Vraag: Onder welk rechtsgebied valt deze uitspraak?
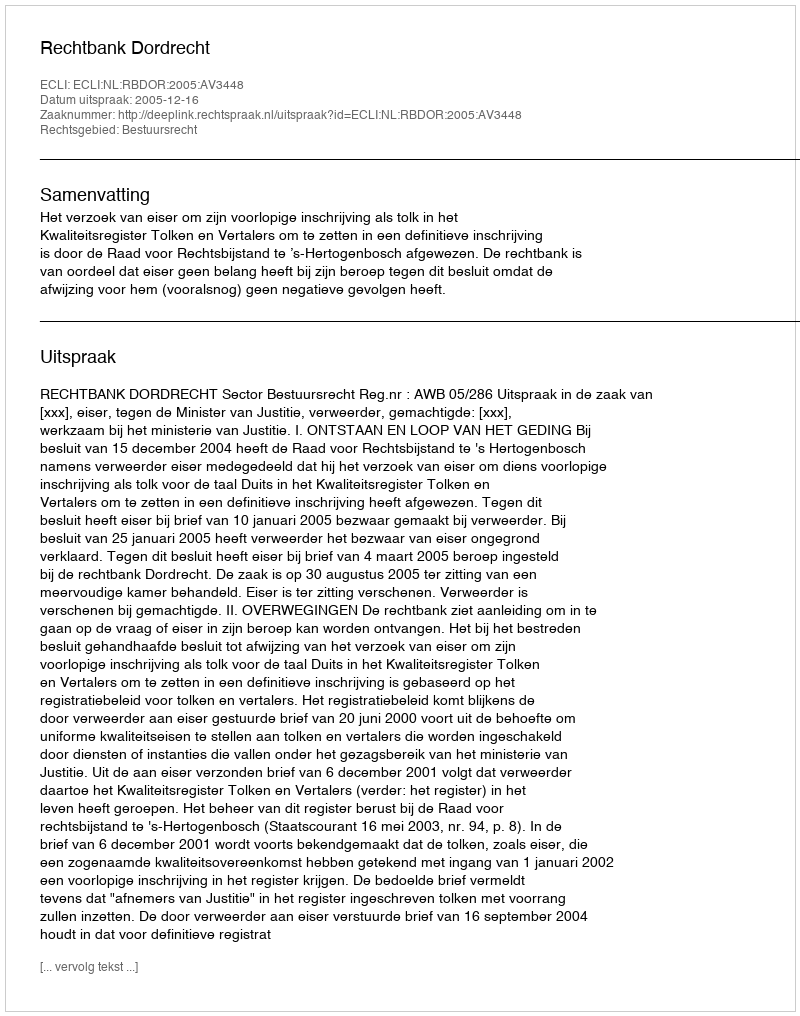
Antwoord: Bestuursrecht